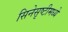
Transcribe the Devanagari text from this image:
सिनेसृष्टीमध्ये